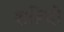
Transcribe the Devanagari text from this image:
शहिदो